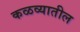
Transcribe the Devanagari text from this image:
कळव्यातील